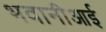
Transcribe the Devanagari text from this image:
भवानीआई